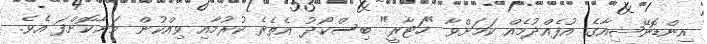
އިންޑޮނޭޝިއާގެ އުފެއްދުމެއް ކަމަށްވާ "ހަޓާރީ" ބިސްކޯދު އެތެރެ ކުރުމާއި ވިއްކުން މަނާކޮށްފަ އެވެ.